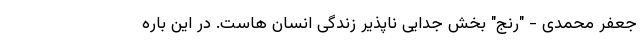
جعفر محمدی - "رنج" بخش جدایی ناپذیر زندگی انسان هاست. در این باره